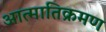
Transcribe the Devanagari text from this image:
आत्मातिक्रमण